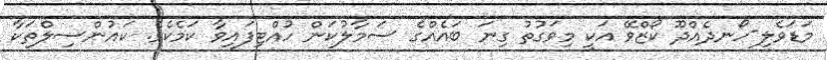
މަޑަވެލި-ހޯނދެއްދޫ ކޯޒްވޭ އަކީ މިވަގުތު ގިނަ ބައެއްގެ ސަމާލުކަން ހުއްޓިފައިވާ ކަމެކެވެ. ކައުންސިލްތަކާ